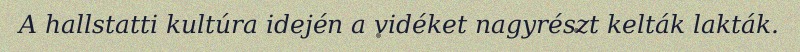
A hallstatti kultúra idején a vidéket nagyrészt kelták lakták.